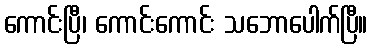
ကောင်းပြီ၊ ကောင်းကောင်း သဘောပေါက်ပြီ။